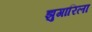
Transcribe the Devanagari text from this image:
झुगारिला